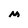
Character: M